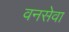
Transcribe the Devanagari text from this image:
वनसेवा